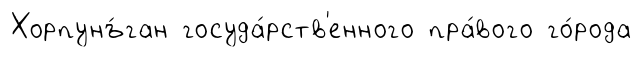
Хорпунъ́ган госуда́рств'енного пра́вого го́рода